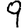
Digit: 9